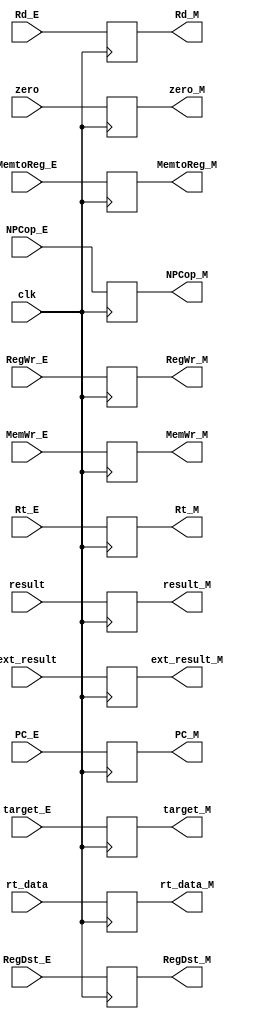
module EX_MEM(clk, ext_result, Rd_E, PC_E, RegWr_E, NPCop_E, MemWr_E, zero, rt_data, MemtoReg_E, result, RegDst_E, Rt_E, target_E, 
                   ext_result_M, Rd_M, PC_M, RegWr_M, NPCop_M, MemWr_M, zero_M, rt_data_M, MemtoReg_M, result_M, RegDst_M, Rt_M, target_M);
    
    input clk, RegWr_E, MemWr_E, zero, MemtoReg_E, RegDst_E;
    input [3: 0] NPCop_E;
    input [4: 0] Rd_E, Rt_E;
    input [25: 0] target_E;
    input [31: 0] ext_result, PC_E, rt_data, result;

    output reg RegWr_M, MemWr_M, zero_M, MemtoReg_M, RegDst_M;
    output reg[3: 0] NPCop_M;
    output reg[4: 0] Rd_M, Rt_M;
    output reg [25: 0] target_M;
    output reg[31: 0] ext_result_M, PC_M, rt_data_M, result_M;

    always @(posedge clk ) begin
        ext_result_M <= ext_result;
        Rd_M <= Rd_E;
        PC_M <= PC_E;
        RegWr_M <= RegWr_E;
        NPCop_M <= NPCop_E;
        MemWr_M <= MemWr_E;
        zero_M <= zero;
        rt_data_M <= rt_data;
        MemtoReg_M <= MemtoReg_E;
        result_M <= result;
        RegDst_M <= RegDst_E;
        Rt_M <= Rt_E;
        target_M <= target_E;
    end
endmodule